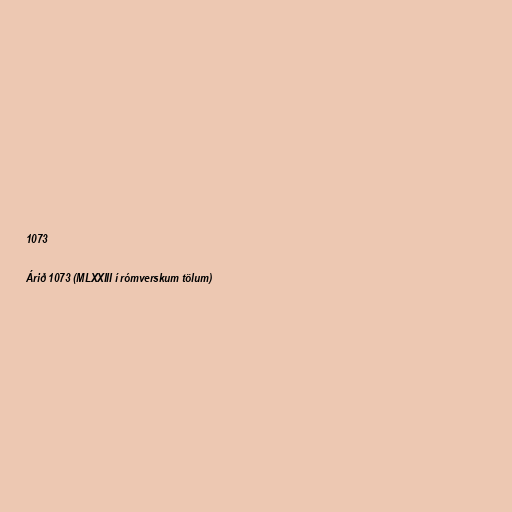
1073

Árið 1073 (MLXXIII í rómverskum tölum)